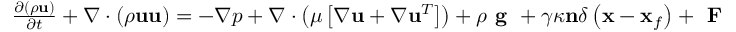
\begin{array} { r } { \frac { \partial \left( \rho \mathbf { u } \right) } { \partial t } + \nabla \cdot \left( \rho \mathbf { u u } \right) = - \nabla p + \nabla \cdot \left( \mu \left[ \nabla \mathbf { u } + \nabla \mathbf { u } ^ { T } \right] \right) + \rho \textbf { g } + \gamma \kappa \mathbf { n } \delta \left( \mathbf { x } - \mathbf { x } _ { f } \right) + \textbf { F } _ { L } } \end{array}